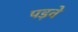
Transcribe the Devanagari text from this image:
पड़वे